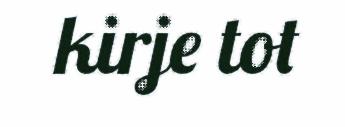
kirje tot